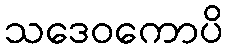
သဒေဝကောပိ